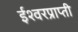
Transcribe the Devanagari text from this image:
ईश्वरप्राप्‍ती